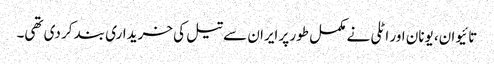
تائیوان، یونان اور اٹلی نے مکمل طور پر ایران سے تیل کی خریداری بند کر دی تھی۔